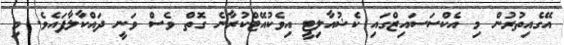
އޭގެއިތުރުން މި އެކްސަސައިޒްގައި ކެޝުއާލިޓީ އިވެކުއޭޓްކުރާނެ ގޮތް ވެސް ވަނީ ދައްކާލާފައެވެ. މި